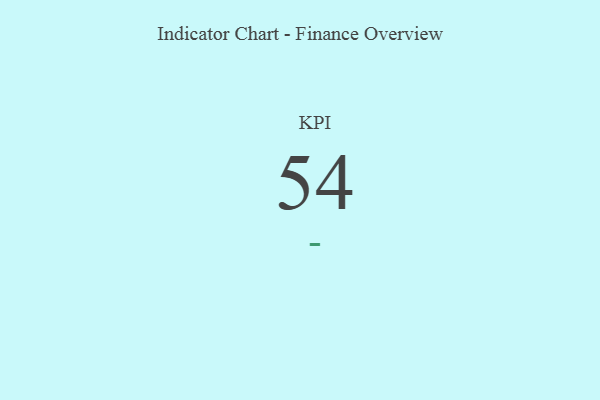
{"axis": {"x": "KPI", "y": "Value"}, "legend": [""], "data": [{"x": "KPI", "y": 54, "type": ""}]}